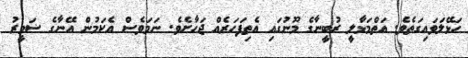
ހަޅޭލަވައިގަތެވެ. އަތްމަޅާލީ ރުބީނާގެ މޫނުގައި އެތިފަހަރެއް ޖަހާށެވެ. ނަމަވެސް އެކަމުން އޭނާގެ ޟަމީރު